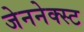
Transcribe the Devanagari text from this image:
जेननेक्स्ट